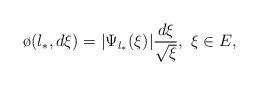
LaTeX: \begin{align*}\o(\l_*,d\xi)=|\Psi_{\l_*}(\xi)|\frac{d\xi}{\sqrt{\xi}}, \ \xi\in E,\end{align*}